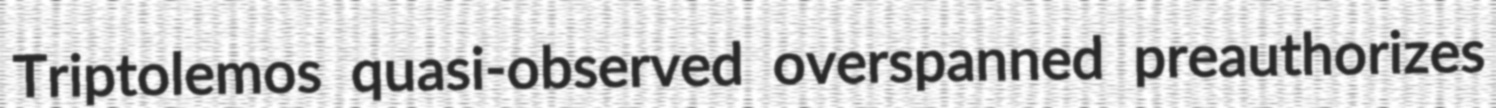
Triptolemos quasi-observed overspanned preauthorizes